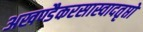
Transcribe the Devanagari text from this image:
अखण्डैकरसास्वादतृप्तो